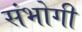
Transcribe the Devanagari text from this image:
संभोगी